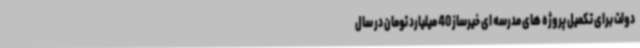
دولت برای تکمیل پروژه های مدرسه ای خیرساز 40 میلیارد تومان در سال